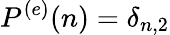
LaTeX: P^{(e)}(n)=\delta_{n,2}